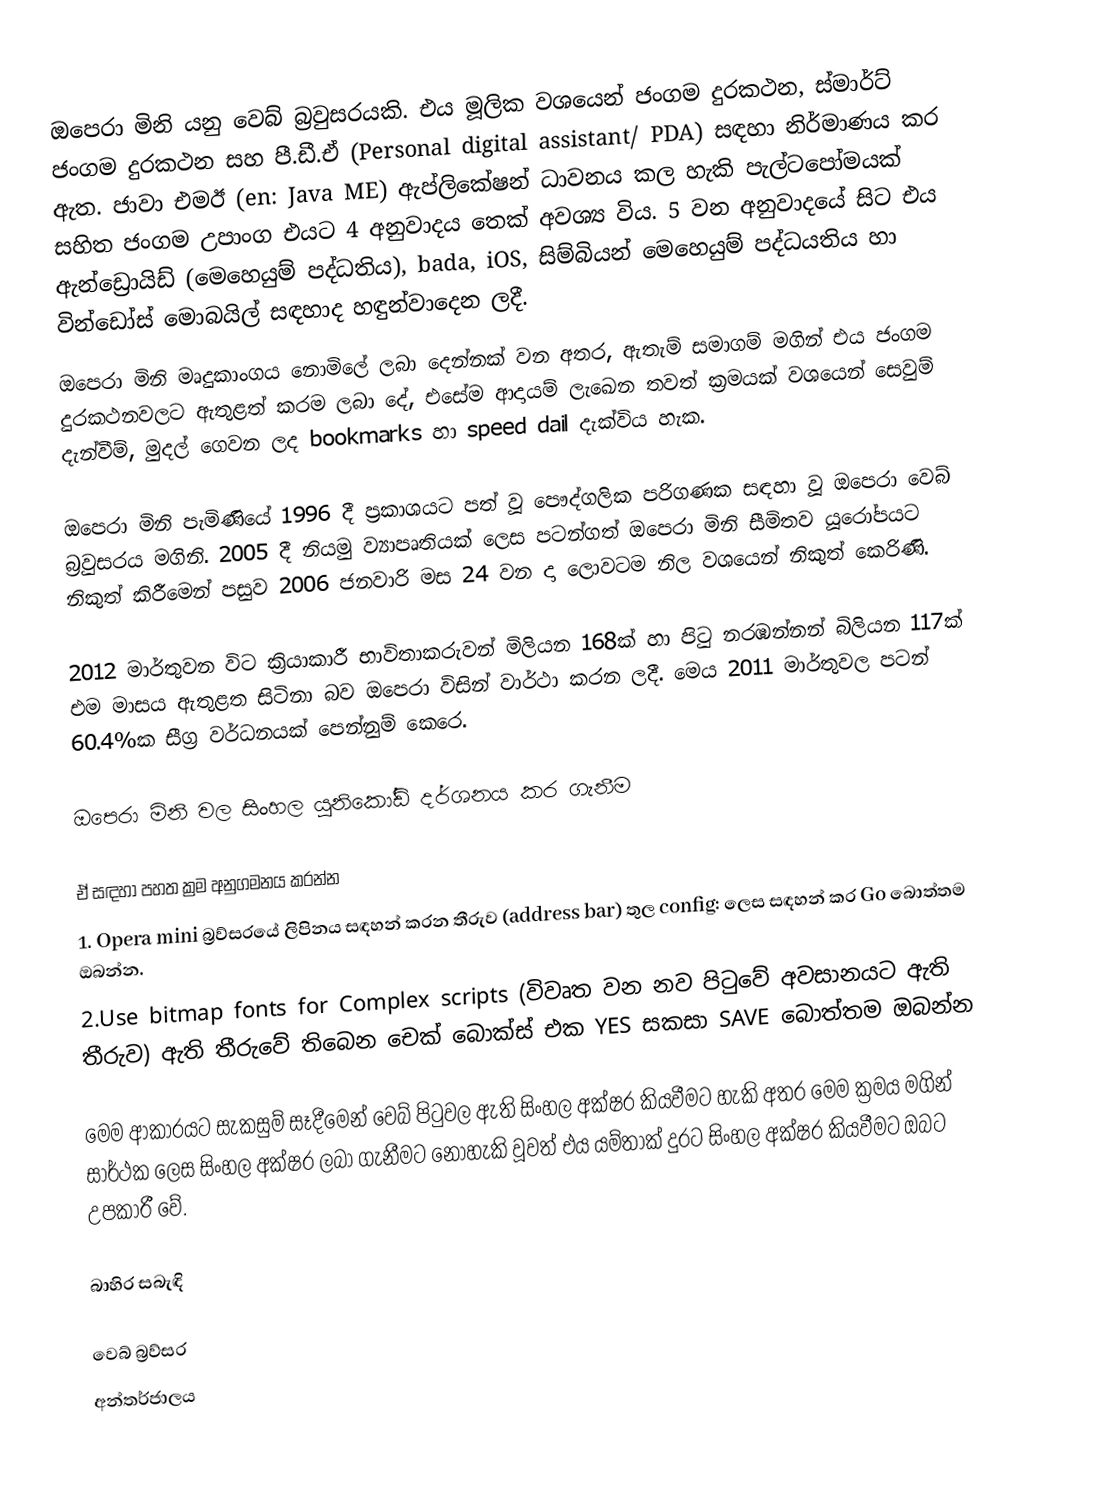
ඔපෙරා මිනි යනු වෙබ් බ්‍රවුසරයකි. එය මූලික වශයෙන් ජංගම දුරකථන, ස්මාර්ට් ජංගම දුරකථන සහ පී.ඩී.ඒ (Personal digital assistant/ PDA) සඳහා  නිර්මාණය කර ඇත. ජාවා එමඊ (en: Java ME) ඇප්ලිකේෂන් ධාවනය කල හැකි පැල්ටපෝමයක් සහිත ජංගම උපාංග එයට 4 අනුවාදය තෙක් අවශ්‍ය විය. 5 වන අනුවාදයේ සිට එය ඇන්ඩ්‍රොයිඩ් (මෙහෙයුම් පද්ධතිය‍), bada, iOS, සිම්බියන් මෙහෙයුම් පද්ධයතිය හා වින්ඩෝස් මොබයිල් සඳහාද හඳුන්වාදෙන ලදී.
ඔපෙරා මිනි මෘදුකාංගය නොමිලේ ලබා දෙන්නක් වන අතර, ඇතැම් සමාගම් මගින් එය ජංගම දුරකථනවලට ඇතුළත් කරම ලබා දේ, එසේම ආදායම් ලැඛෙන තවත් ක්‍රමයක් වශයෙන් සෙවුම් දැන්වීම්, මුදල් ගෙවන ලද bookmarks හා speed dail දැක්විය හැක.

ඔපෙරා මිනි පැමිණියේ 1996 දී ප්‍රකාශයට පත් වූ පෞද්ගලික පරිගණක සඳහා වූ ඔපෙරා වෙබ් බ්‍රවුසරය මගිනි. 2005 දී නියමු ව්‍යාපෘතියක් ලෙස පටන්ගත්  ඔපෙරා මිනි සීමිතව යූරෝපයට නිකුත් කිරීමෙන් පසුව 2006 ජනවාරි මස 24 වන දා ලොවටම නිල වශයෙන් නිකුත් කෙරිණි.

2012 මාර්තුවන විට ක්‍රියාකාරී භාවිතාකරුවන් මිලියන 168ක් හා පිටු නරඹන්නන් බිලියන 117ක් එම මාසය ඇතුළත සිටිනා බව ඔපෙරා විසින් වාර්ථා කරන ලදී. මෙය 2011 මාර්තුවල පටන් 60.4%ක සීග්‍ර වර්ධනයක් පෙන්නුම් කෙරෙ.

ඔපෙරා මිනි වල සිංහල යුනිකෝඩ් දර්ශනය කර ගැනීම

ඒ සඳහා පහත ක්‍රම අනුගමනය කරන්න
1. Opera mini බ්‍රව්සරයේ ලිපිනය සඳහන් කරන තීරුව (address bar) තුල config: ලෙස සඳහන් කර Go බොත්තම ඔබන්න.
2.Use bitmap fonts for Complex scripts (විවෘත වන නව පිටුවේ අවසානයට ඇති තීරුව) ඇති තීරුවේ තිබෙන චෙක් බොක්ස් එක YES සකසා SAVE බොත්තම ඔබන්න

මෙම ආකාරයට සැකසුම් සෑදීමෙන් වෙබ් පිටුවල ඇති සිංහල අක්ෂර කියවීමට හැකි අතර මෙම ක්‍රමය මගින් සාර්ථක ලෙස සිංහල අක්ෂර ලබා ගැනීමට නොහැකි වූවත් එය යම්තාක් දුරට සිංහල අක්ෂර කියවීමට ඔබට උපකාරී වේ.

බාහිර සබැඳි

වෙබ් බ්‍රව්සර
අන්තර්ජාලය